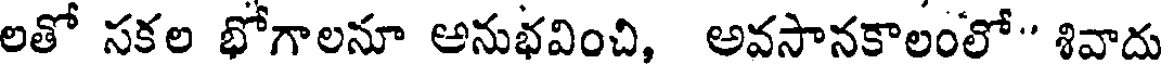
లతో సకల భోగాలనూ అనుభవించి, అవసానకాలంలో " శివాదు